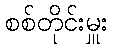
စစ်တိုင်းမှူး